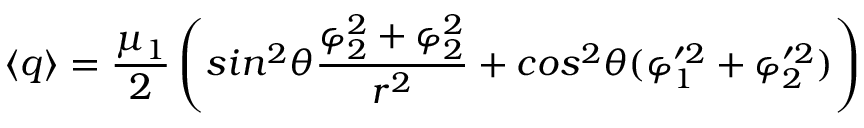
\langle q \rangle = \frac { \mu _ { 1 } } { 2 } \left( s i n ^ { 2 } \theta \frac { \varphi _ { 2 } ^ { 2 } + \varphi _ { 2 } ^ { 2 } } { r ^ { 2 } } + c o s ^ { 2 } \theta ( \varphi _ { 1 } ^ { \prime 2 } + \varphi _ { 2 } ^ { \prime 2 } ) \right)